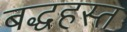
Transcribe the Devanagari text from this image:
बद्धहस्त